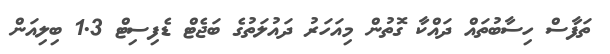
ތަފާސް ހިސާބުތައް ދައްކާ ގޮތުން މިއަހަރު ދައުލަތުގެ ބަޖެޓް ޑެފިސިޓް 1.3 ބިލިއަން